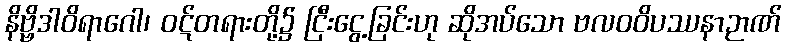
နိဗ္ဗိဒါဝိရာဂေါ၊ ဝဋ်တရားတို့၌ ငြီးငွေ့ခြင်းဟု ဆိုအပ်သော ဗလဝဝိပဿနာဉာဏ်